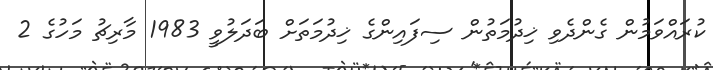
ކުރައްވަމުން ގެންދެވި ޚިދުމަތުން ސިފައިންގެ ޚިދުމަތަށް ބަދަލުވީ 1983 މާރިޗު މަހުގެ 2